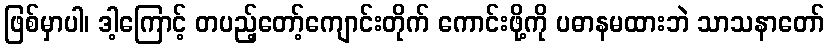
ဖြစ်မှာပါ၊ ဒါ့ကြောင့် တပည့်တော့်ကျောင်းတိုက် ကောင်းဖို့ကို ပဓာနမထားဘဲ သာသနာတော်